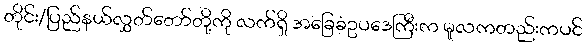
တိုင်း/ပြည်နယ်လွှတ်တော်တို့ကို လက်ရှိ အခြေခံဥပဒေကြီးက မူလကတည်းကပင်